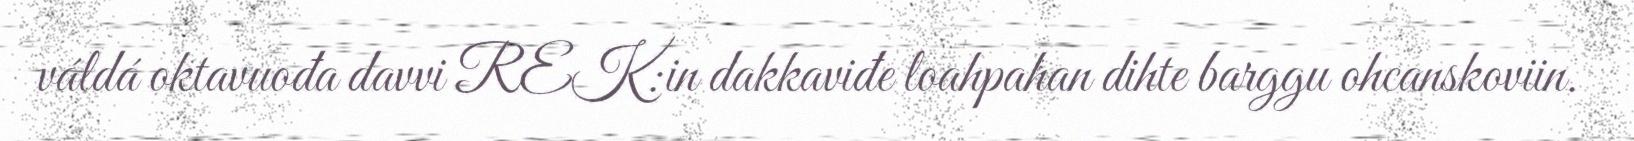
váldá oktavuođa davvi REK:in dakkaviđe loahpahan dihte barggu ohcanskoviin.